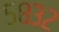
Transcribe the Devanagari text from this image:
५८३२